Problem: 9 × 8 = ?
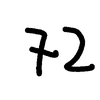
Handwritten answer: 72